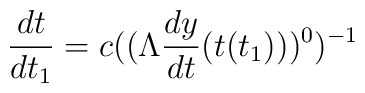
\frac{dt}{dt_{1}} = c ((\Lambda \frac{dy}{dt} (t(t_{1})))^{0})^{- 1}